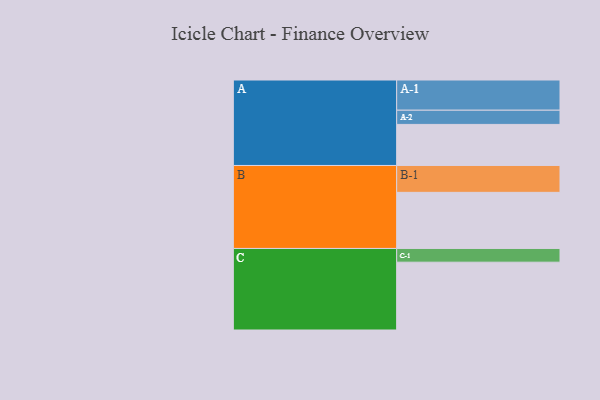
{"axis": {"x": "Segment", "y": "Value"}, "legend": ["", "A", "B", "C"], "data": [{"x": "A", "y": 344, "type": ""}, {"x": "B", "y": 470, "type": ""}, {"x": "C", "y": 568, "type": ""}, {"x": "A-1", "y": 253, "type": "A"}, {"x": "A-2", "y": 119, "type": "A"}, {"x": "B-1", "y": 225, "type": "B"}, {"x": "C-1", "y": 115, "type": "C"}]}